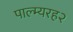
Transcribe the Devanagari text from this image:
पाल्म्यरह२